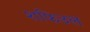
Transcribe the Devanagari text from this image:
शफिउल